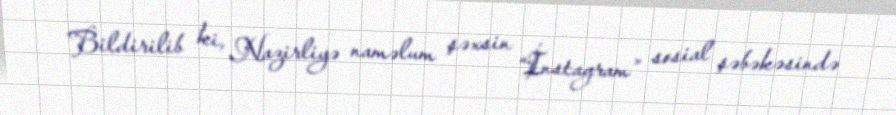
Bildirilib ki, Nazirliyə naməlum şəxsin “İnstagram” sosial şəbəkəsində